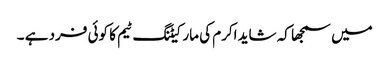
میں سمجھا کہ شاید اکرم کی مارکیٹنگ ٹیم کا کوئی فرد ہے ۔